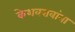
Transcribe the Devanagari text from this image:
केशवरावांना